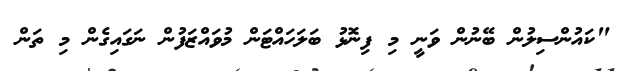
"ކައުންސިލުން ބޭނުން ވަނީ މި ފިނޮޅު ބަލަހައްޓަން މުވައްޒަފުން ނަގައިގެން މި ތަން